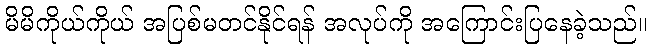
မိမိကိုယ်ကိုယ် အပြစ်မတင်နိုင်ရန် အလုပ်ကို အကြောင်းပြနေခဲ့သည်။